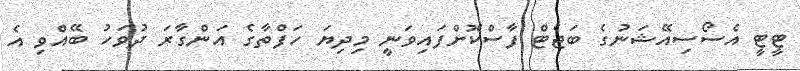
ޓީޓީ އެސޯސިއޭޝަނުގެ ބަޖެޓް ފާސްކޮށްފައިވަނީ މިދިޔަ ހަފްތާގެ އަންގާރަ ދުވަހު ބޭއްވި އެ